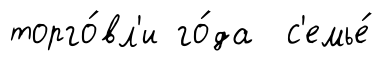
торго́вл'и го́да с'емье́